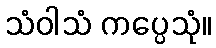
သံဝါသံ ကပ္ပေသုံ။